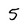
Character: 5